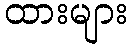
ထားများ